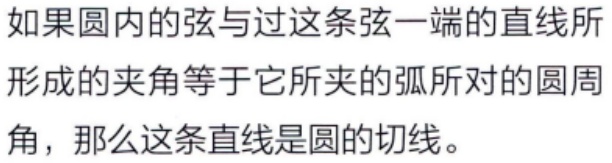
如果圆内的弦与过这条弦一端的直线所形成的夹角等于它所夹的弧所对的圆周角，那么这条直线是圆的切线。